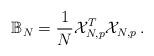
LaTeX: \begin{align*}{\mathbb{B}}_{N}=\frac{1}{N}{\mathcal{X}}_{N,p}^{T}{\mathcal{X}}_{N,p}\,.\end{align*}